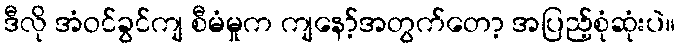
ဒီလို အံဝင်ခွင်ကျ စီမံမှုက ကျနော့်အတွက်တော့ အပြည့်စုံဆုံးပဲ။